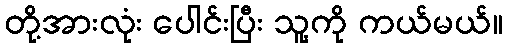
တို့အားလုံး ပေါင်းပြီး သူ့ကို ကယ်မယ်။